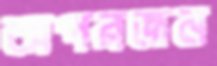
অপরজন